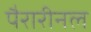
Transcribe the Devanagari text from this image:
पैरारीनल